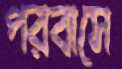
পরবাসে